Indian journal of veterinary science and animal husbandry - Volume 6,
Year: 1936
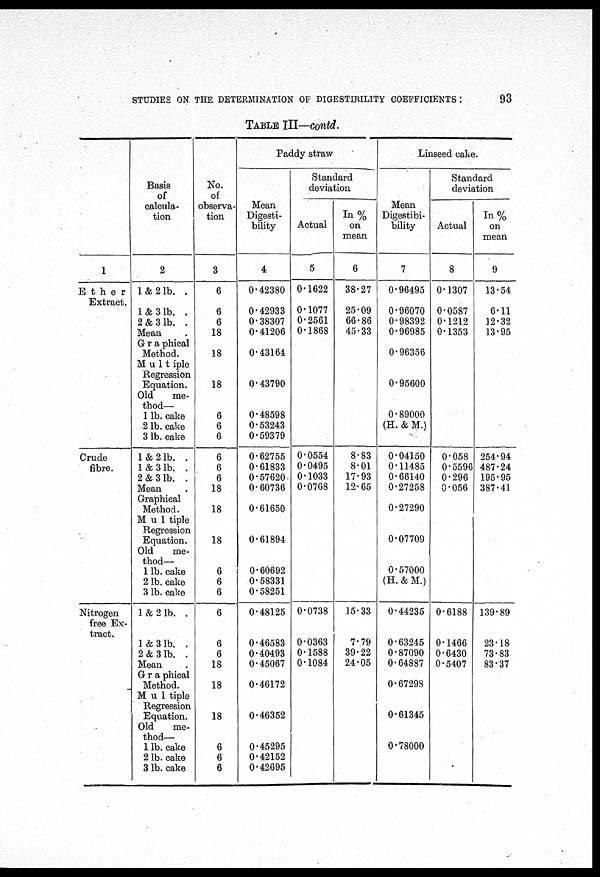
STUDIES ON THE DETERMINATION OF DIGESTIBILITY COEFFICIENTS :
93
TABLE III—contd.
1
Ether
Extract.
Crude
fibre.
Nitrogen
free Ex-
tract.
Basis
of
calcula-
tion
2
1 & 2 lb. .
1 & 3 lb. .
2 & 3 1b. .
Mean
Graphical
Method.
Multiple
Regression
Equation.
Old
me-
thod—
1 lb. cake
2 lb.cake
3 lb. cake
1 & 2 lb. .
1 & 3 lb. .
2 & 3 lb. .
Mean
Graphical
Method.
Mu1tiple
Regression
Equation.
Old
me-
thod—
1 lb. cake
2 lb. cake
3 lb. cake
1 & 2 1b. .
1 & 3 lb. .
2 & 3 1b. .
Mean
Graphical
Method.
Mu1tiple
Regression
Equation.
Old
me-
thod—
1 lb. cake
2 lb. cake
3 lb. cake
No.
of
observa-
tion
3
6
6
6
18
18
18
6
6
6
6
6
6
18
18
18
6
6
6
6
6
6
18
18
18
6
6
6
Paddy straw
Mean
Digesti-
bility
4
0.42380
0.42933
0.38307
0.41206
0.43164
0.43790
0.48598
0.53243
0.59379
0.62755
0.61833
0.57620
0.60736
0.61650
0.61894
0.60692
0.58331
0.58251
0.48125
0.46583
0.40493
0.45067
0.46172
0.46352
0.45295
0.42152
0.42695
Standard
deviation
Actual
5
0.1622
0.1077
0.2561
0.1868
0.0554
0.0495
0.1033
0.0768
0.0738
0.0363
0.1588
0.1084
on
mean
6
38.27
25.09
66.86
45.33
8.83
8.01
17.93
12.65
15.33
7.79
39.22
24.05
Linseed cake.
Mean
Digestibi-
bility
7
0.96495
0.96070
0.98392
0.96985
0.96356
0.95600
0.89000
(H. & M.)
0.04150
0.11485
0.66140
0.27258
0.27290
0.07709
0.57000
(H. & M.)
0.44235
0.63245
0.87090
0.64887
0.67298
0.61345
0.78000
Standard
deviation
Actual
8
0.1307
0.0587
0.1212
0.1353
0.058
0.5596
0.296
0.056
0.6188
0.1466
0.6430
0.5407
on
mean
9
13.54
6.11
12.32
13.95
254.94
487.24
195.95
387.41
139.89
23.18
73.83
83.37